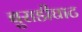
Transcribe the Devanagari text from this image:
बुराडीघाट